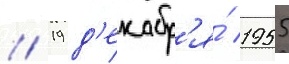
// 19 д'екабр'я́ 1955